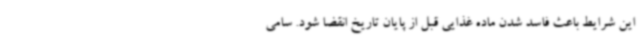
این شرایط باعث فاسد شدن ماده غذایی قبل از پایان تاریخ انقضا شود. سامی